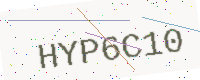
Text: HYP6C10